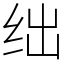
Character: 绌